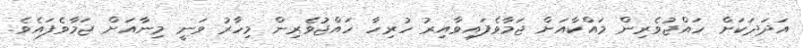
އަދަދަކަށް ހައްޖުވެރިން މައްކާއަށް ޖަމާވެފައިވާއިރު ހުރިހާ ހައްޖުވެރިން މިހާރު ވަނީ މިނާއަށް ޖަމާވެފައެވެ.